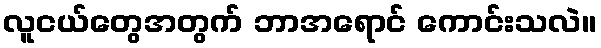
လူငယ်တွေအတွက် ဘာအရောင် ကောင်းသလဲ။